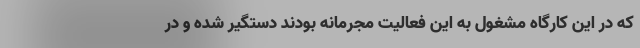
که در این کارگاه مشغول به این فعالیت مجرمانه بودند دستگیر شده و در